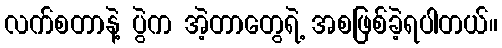
လက်စတာနဲ့ ပွဲက အဲ့တာတွေရဲ့ အစဖြစ်ခဲ့ရပါတယ်။